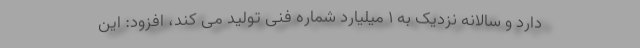
دارد و سالانه نزدیک به ۱ میلیارد شماره فنی تولید می کند، افزود: این